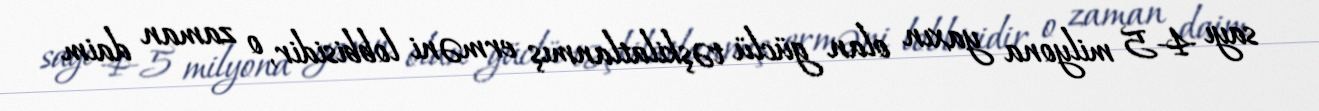
sayı 4-5 milyona yaxın olan güclü təşkilatlanmış erməni lobbisidir, o zaman daim